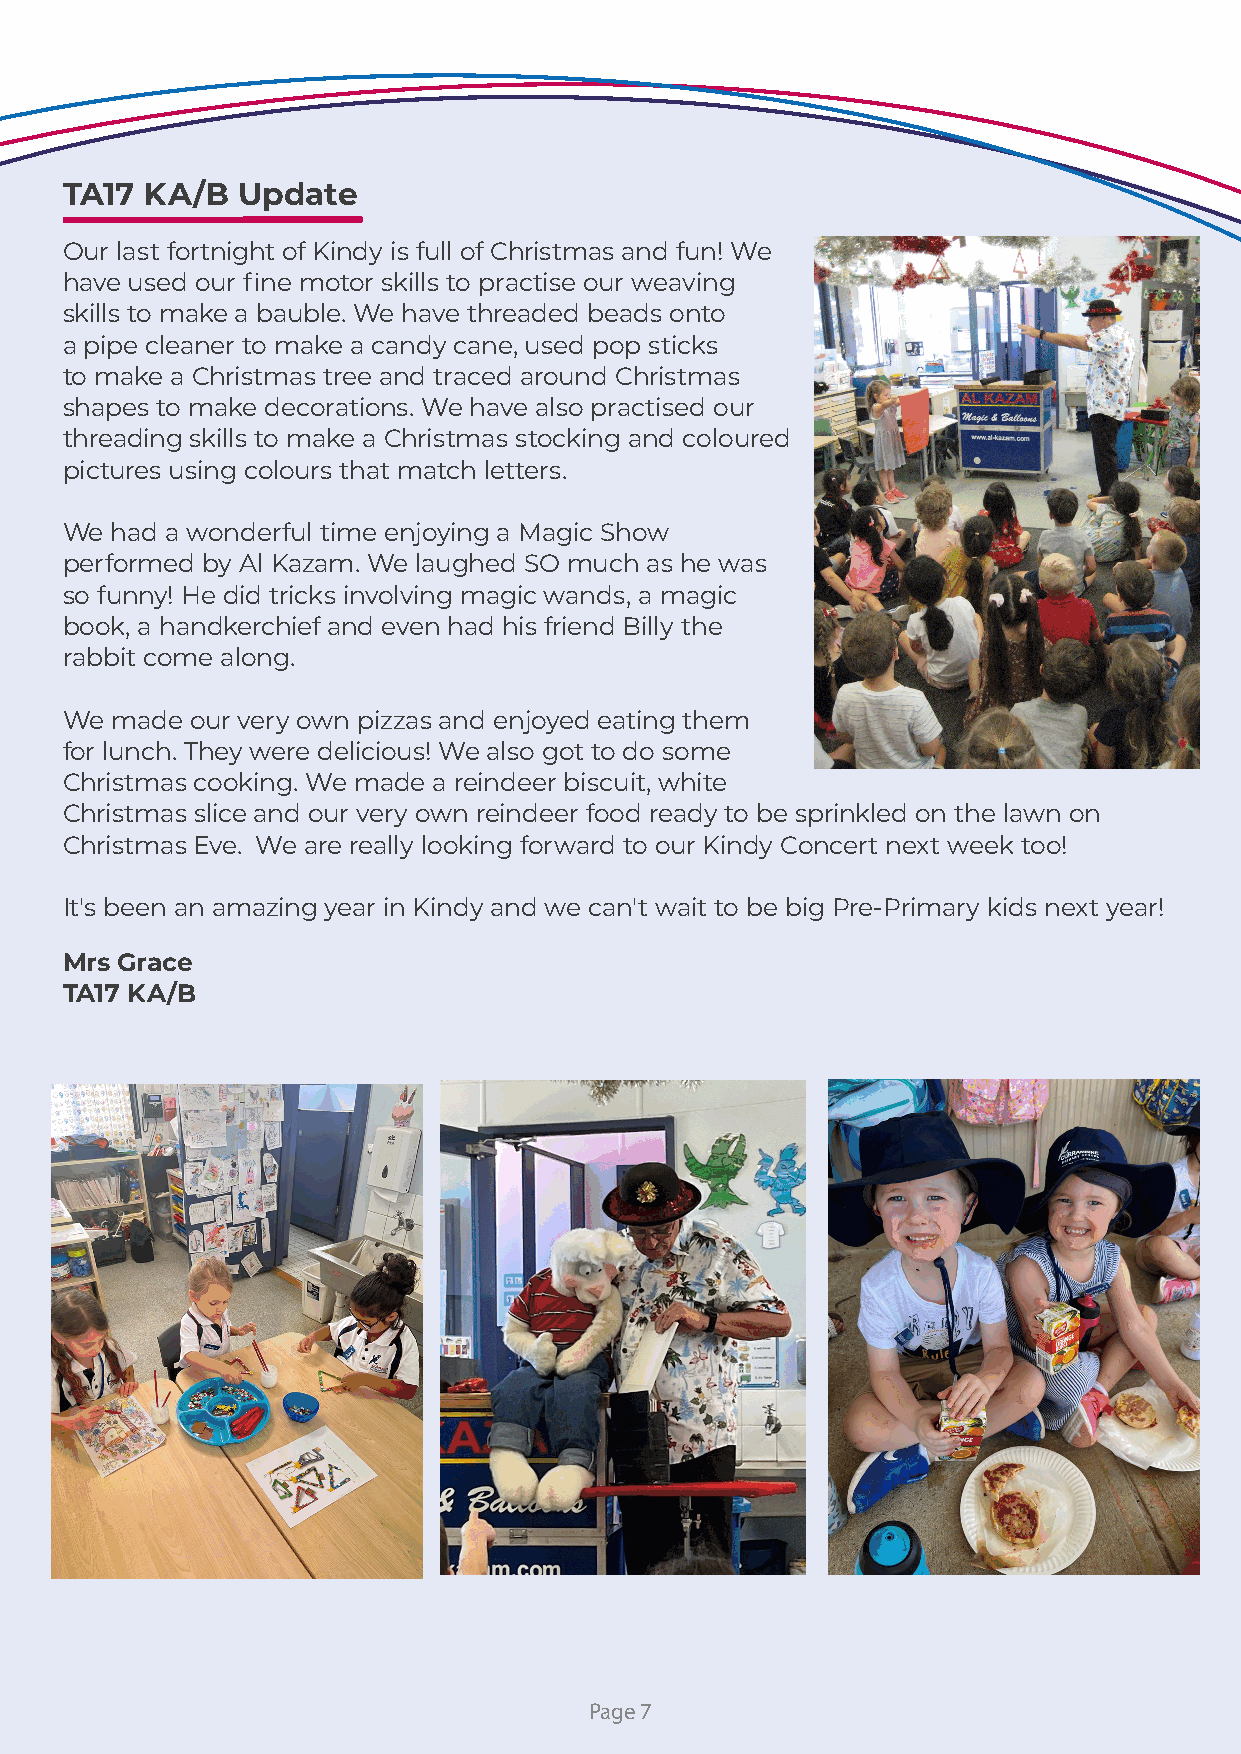
TA17 KA/B   Update
 Our last fortnight of Kindy is full of Christmas and fun! We
 have used our fine motor skills to practise our weaving
 skills to make a bauble. We have threaded beads onto
 a pipe cleaner to make a candy cane, used pop sticks
 to make a Christmas tree and traced around Christmas
 shapes to make decorations. We have also practised our
 threading skills to make a Christmas stocking and coloured
 pictures using colours that match letters.
 We had a wonderful time enjoying a Magic Show
 performed by Al Kazam. We laughed SO much as he was
 so funny! He did tricks involving magic wands, a magic
 book, a handkerchief and even had his friend Billy the
 rabbit come along.
 We made  our very own pizzas and enjoyed eating them
 for lunch. They were delicious! We also got to do some
 Christmas cooking. We made a reindeer biscuit, white
 Christmas slice and our very own reindeer food ready to be sprinkled on the lawn on
 Christmas Eve. We are really looking forward to our Kindy Concert next week too!
 It's been an amazing year in Kindy and we can't wait to be big Pre-Primary kids next year!
 Mrs Grace
 TA17 KA/B
 Page 7